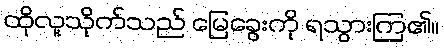
ထိုလူသိုက်သည် မြေခွေးကို ရသွားကြ၏။